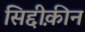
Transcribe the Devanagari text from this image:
सिद्दीक़ीन